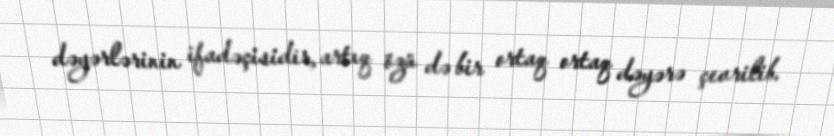
dəyərlərinin ifadəçisidir, artıq özü də bir ortaq ortaq dəyərə çevrilib.